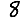
Digit: 8